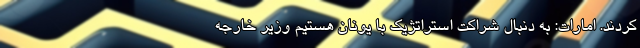
کردند. امارات: به دنبال شراکت استراتژیک با یونان هستیم وزیر خارجه